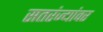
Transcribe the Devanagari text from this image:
सतरंज्यांवर